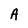
Character: A